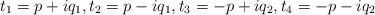
LaTeX: \begin{align*} t_1 = p + iq_1, t_2 = p - iq_1, t_3 = -p + iq_2, t_4 = -p - iq_2\end{align*}